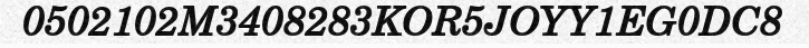
0502102M3408283KOR5JOYY1EG0DC8